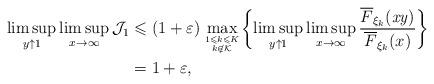
LaTeX: \begin{align*}\limsup\limits_{y\uparrow1}\limsup\limits _{x\rightarrow\infty}\mathcal {J}_1 & \leqslant (1+\varepsilon) \max\limits _{1\leqslant k\leqslant K\atop k\notin\mathcal{K}} \biggl\{\limsup\limits _{y\uparrow1}\limsup\limits _{x\rightarrow\infty } \frac{\overline{F}_{\xi_{k}}(\mathit{xy})}{\overline{F}_{\xi_{k}}(x)} \biggr\} \\& = 1+\varepsilon,\end{align*}